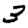
Digit: 3